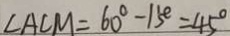
\angle A C M = 6 0 ^ { \circ } - 1 5 ^ { \circ } = 4 5 ^ { \circ }